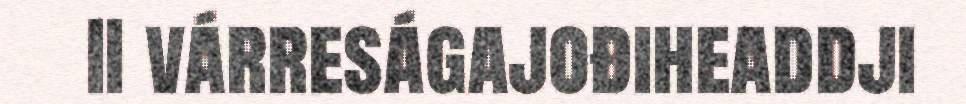
II várreságajođiheaddji